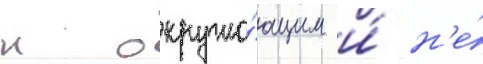
к окружа́ющим и́ н'е́